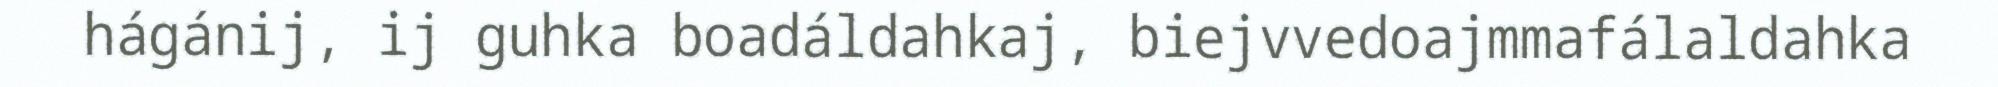
hágánij, ij guhka boadáldahkaj, biejvvedoajmmafálaldahka